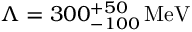
\Lambda = 3 0 0 _ { - 1 0 0 } ^ { + 5 0 } \, \mathrm { M e V }